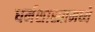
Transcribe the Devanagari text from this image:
धर्मशास्त्रामध्ये